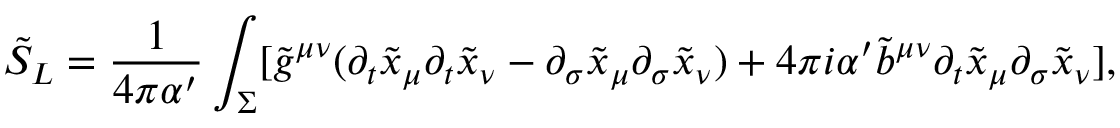
\tilde { S } _ { L } = \frac { 1 } { 4 \pi \alpha ^ { \prime } } \int _ { \Sigma } [ \tilde { g } ^ { \mu \nu } ( \partial _ { t } \tilde { x } _ { \mu } \partial _ { t } \tilde { x } _ { \nu } - \partial _ { \sigma } \tilde { x } _ { \mu } \partial _ { \sigma } \tilde { x } _ { \nu } ) + 4 \pi i \alpha ^ { \prime } \tilde { b } ^ { \mu \nu } \partial _ { t } \tilde { x } _ { \mu } \partial _ { \sigma } \tilde { x } _ { \nu } ] ,